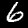
Digit: 6